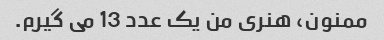
ممنون، هنری من یک عدد 13 می گیرم.